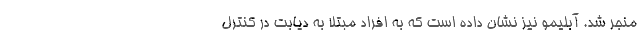
منجر شد. آبلیمو نیز نشان داده است که به افراد مبتلا به دیابت در کنترل